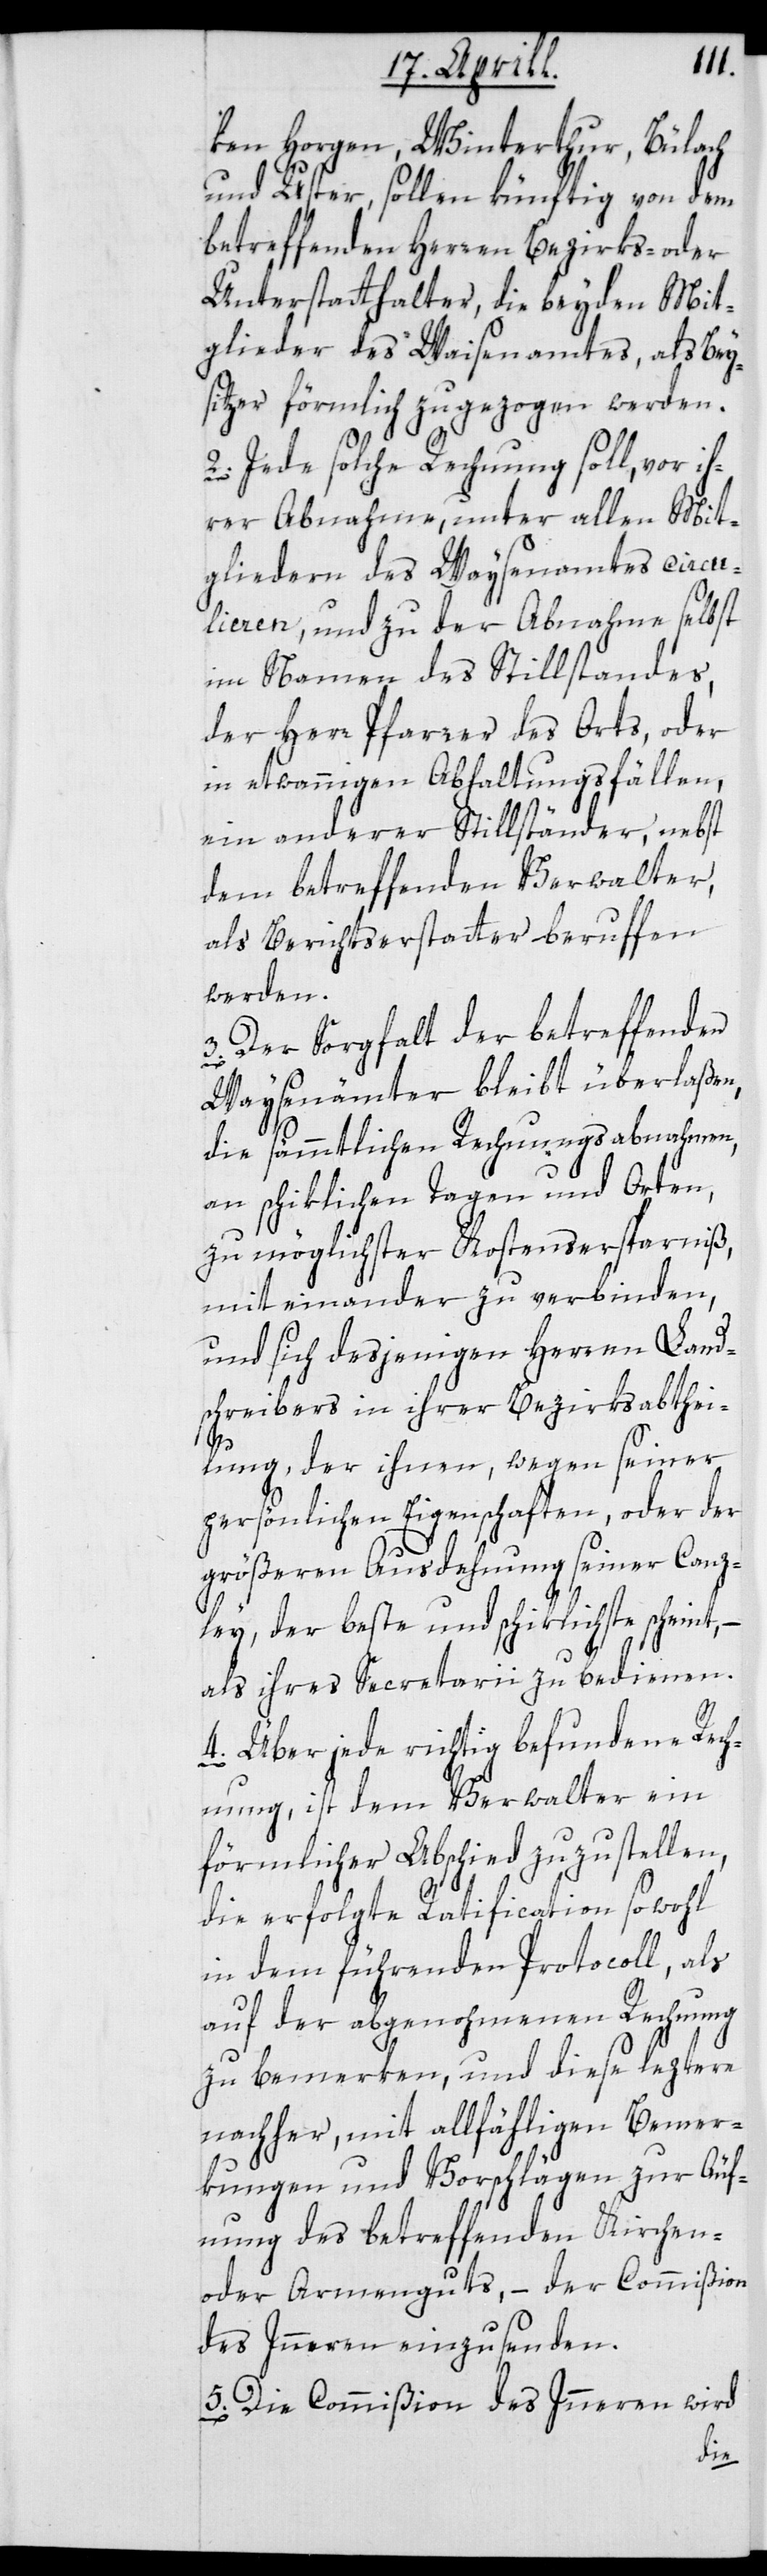
ken Horgen, Winterthur, Bülach
und Uster, sollen künftig von dem
betreffenden Herren Bezirks- oder
Unterstatthalter, die beyden Mit¬
glieder des Waisenamtes, als Bey¬
sitzer förmlich zugezogen werden.
2. Jede solche Rechnung soll, vor ih¬
rer Abnahme, unter allen Mit¬
gliedern des Waysenamtes circu¬
lieren, und zu der Abnahme selbst
im Namen des Stillstandes,
der Herr Pfarrer des Orts, oder
in etwannigen Abhaltungsfällen,
ein anderer Stillständer, nebst
dem betreffenden Verwalter,
als Berichtserstatter beruffen
werden.
3. Der Sorgfalt der betreffenden
Waysenämter bleibt überlaßen,
die sämmtlichen Rechnungsabnahmen,
an schiklichen Tagen und Orten,
zu möglichster Kostensersparniß,
miteinander zu verbinden,
und sich desjenigen Herren Land¬
schreibers in ihrer Bezirksabthei¬
lung, der ihnen, wegen seiner
persönlichen Eigenschaften, oder der
größeren Ausdehnung seiner Canz¬
ley, der beste und schiklichste scheint, –
als ihres Secretarii zu bedienen.
4. Über jede richtig befundene Rech¬
nung, ist dem Verwalter ein
förmlicher Abschied zuzustellen,
die erfolgte Ratification sowohl
in dem führenden Protocoll, als
auf der abgenohmenen Rechnung
zu bemerken, und diese leztere
nachher, mit allfähligen Bemer¬
kungen und Vorschlägen zur Äuf¬
nung des betreffenden Kirchen-
oder Armenguts, – der Commißion
des Innern einzusenden.
5. Die Commißion des Innern wird